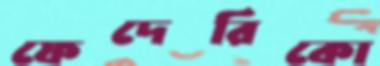
ফেদেরিকো